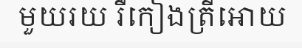
មួយរយ រឺកៀងត្រីអោយ